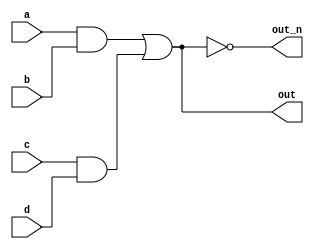
`default_nettype none
module top_module(
    input a,
    input b,
    input c,
    input d,
    output out,
    output out_n   ); 

    wire wire1, wire2;
    
    assign out = ((a&b) | (c&d));
    assign out_n = ~out;
    
endmodule